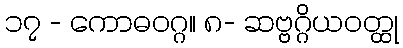
၁၇ - ကောဓဝဂ္ဂ။ ၈- ဆဗ္ဗဂ္ဂိယဝတ္ထု